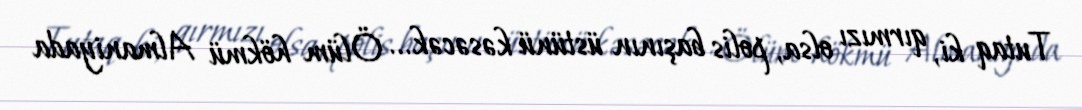
Tutaq ki, qırmızı olsa, polis başının üstünü kəsəcək... Ölüm hökmü Almaniyada